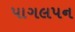
પાગલપન